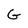
Character: G